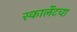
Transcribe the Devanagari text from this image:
स्कार्लेटचा